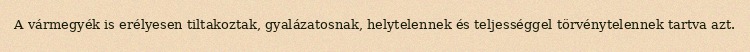
A vármegyék is erélyesen tiltakoztak, gyalázatosnak, helytelennek és teljességgel törvénytelennek tartva azt.